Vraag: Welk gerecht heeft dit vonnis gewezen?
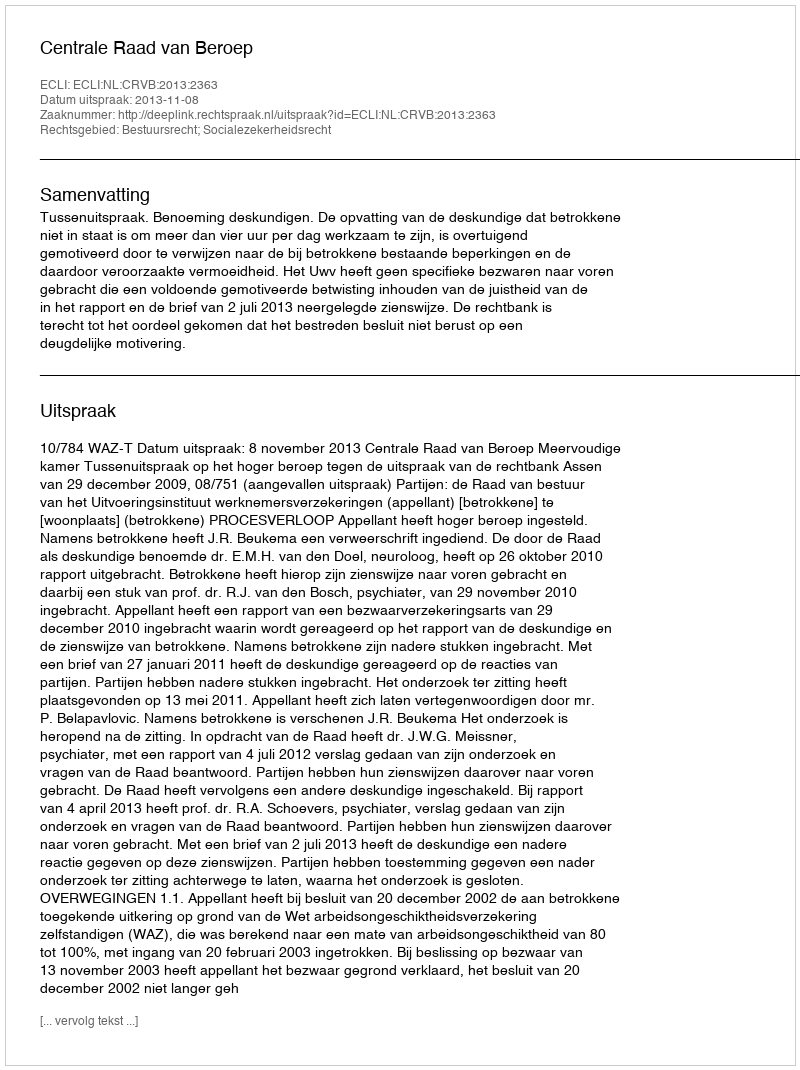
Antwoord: Centrale Raad van Beroep